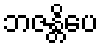
ဘဇန္တိပေ